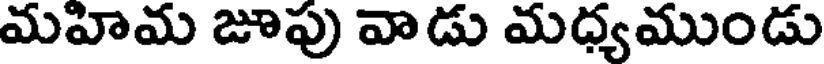
మహిమ జూపు వాడు మధ్యముండు